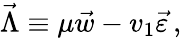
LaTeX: \vec{\Lambda}\equiv\mu\vec{w}-v_{1}\vec{\varepsilon}\, ,